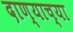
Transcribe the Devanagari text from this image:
दाण्याच्या